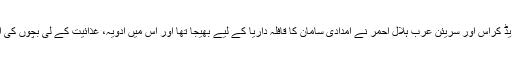
اقوام متحدہ، بین الاقوامی ریڈ کراس اور سریئن عرب ہلال احمر نے امدادی سامان کا قافلہ داریا کے لیے بھیجا تھا اور اس میں ادویہ، غذائیت کے لی بچوں کی اشیا اور ویکسین شامل ہے۔